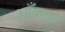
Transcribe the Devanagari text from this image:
आँकता